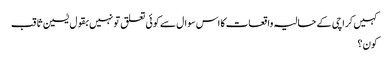
کہیں کراچی کے حالیہ واقعات کا اس سوال سے کوئی تعلق تو نہیں بقول یٰسین ثاقب
کون؟